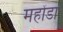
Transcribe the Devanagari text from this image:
महोंडा